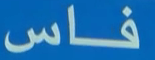
فاس